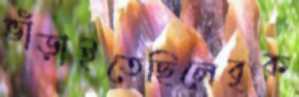
ভাঁড়াইতেছিলেবৃক